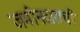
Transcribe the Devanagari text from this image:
जमीनदाराची